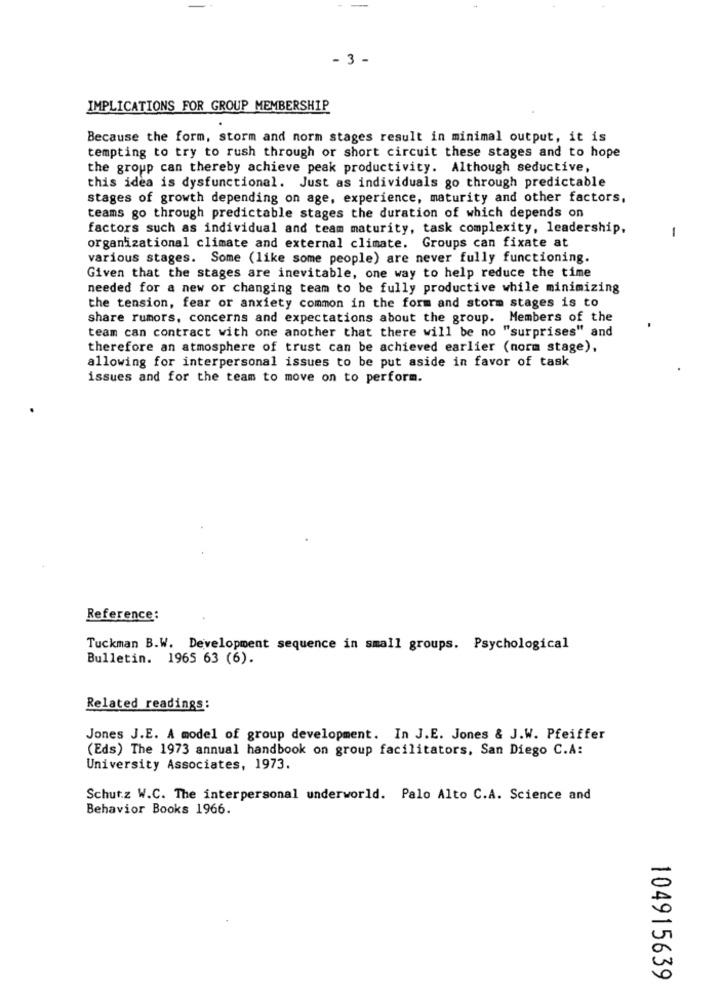
-
--
- 3 -
IMPLICATIONS FOR GROUP MEMBERSHIP
Because the form, storm and norm stages result in minimal output, it is
tempting to try to rush through or short circuit these stages and to hope
the group can thereby achieve peak productivity. Although seductive,
this idea is dysfunctional. Just as individuals go through predictable
stages of growth depending on age, experience, maturity and other factors,
teams go through predictable stages the duration of which depends on
factors such as individual and team maturity, task complexity, leadership,
-
organizational climate and external climate. Groups can fixate at
various stages. Some (like some people) are never fully functioning.
Given that the stages are inevitable, one way to help reduce the time
needed for a new or changing team to be fully productive while minimizing
the tension, fear or anxiety common in the form and storm stages is to
share rumors, concerns and expectations about the group. Members of the
team can contract with one another that there will be no "surprises" and
therefore an atmosphere of trust can be achieved earlier (norm stage),
allowing for interpersonal issues to be put aside in favor of task
issues and for the team to move on to perform.
Reference:
Tuckman B.W. Development sequence in small groups. Psychological
Bulletin. 1965 63 (6).
Related readings:
Jones J.E. A model of group development. In J.E. Jones & J.W. Pfeiffer
(Eds) The 1973 annual handbook on group facilitators. San Diego C.A:
University Associates, 1973.
Schutz W.C. The interpersonal underworld. Palo Alto C.A. Science and
Behavior Books 1966.
104915639